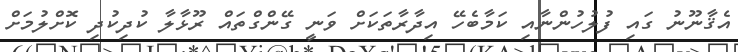
އެޤާނޫނު ގައި ފުލުހުންނާއި ކަމާބެހޭ އިދާރާތަކަށް ވަނީ ގޭންގްތައް ރޫޅާލާ ކުދިކުދި ކޮށްލުމަށް